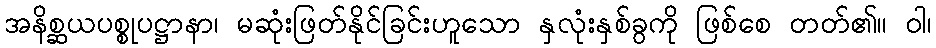
အနိစ္ဆယပစ္စုပဋ္ဌာနာ၊ မဆုံးဖြတ်နိုင်ခြင်းဟူသော နှလုံးနှစ်ခွကို ဖြစ်စေ တတ်၏။ ဝါ၊